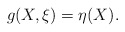
\begin{align*}g(X,\xi)=\eta(X). \end{align*}